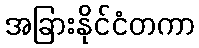
အခြားနိုင်ငံတကာ